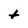
Character: t